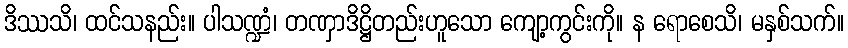
ဒိဿသိ၊ ထင်သနည်း။ ပါသဏ္ဍံ၊ တဏှာဒိဋ္ဌိတည်းဟူသော ကျော့ကွင်းကို။ န ရောစေသိ၊ မနှစ်သက်။